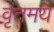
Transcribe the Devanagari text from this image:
वृंतमय